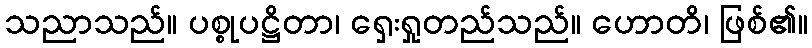
သညာသည်။ ပစ္စုပဋ္ဌိတာ၊ ရှေးရှုတည်သည်။ ဟောတိ၊ ဖြစ်၏။